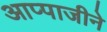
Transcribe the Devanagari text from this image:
आप्पाजीने